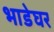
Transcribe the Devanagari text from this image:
भाडेघर